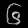
Digit: ၆